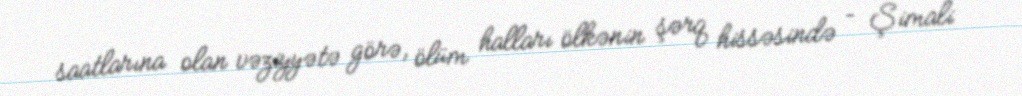
saatlarına olan vəziyyətə görə, ölüm halları ölkənin şərq hissəsində – Şimali